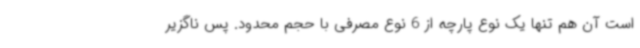
است آن هم تنها یک نوع پارچه از 6 نوع مصرفی با حجم محدود. پس ناگزیر